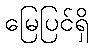
မြေပြင်ရှိ